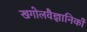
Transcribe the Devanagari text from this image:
खगोलवैज्ञानिकों